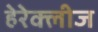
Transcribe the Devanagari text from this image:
हेरेक्लीज